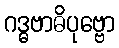
ဂဒ္ဓဗာဓိပုဗ္ဗော